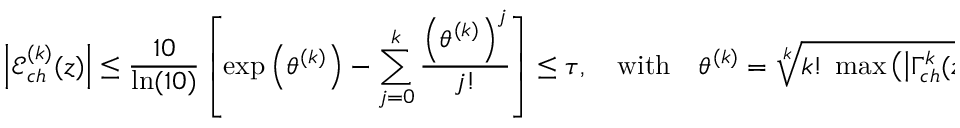
\left| \mathcal { E } _ { c h } ^ { ( k ) } ( z ) \right| \leq \frac { 1 0 } { \ln ( 1 0 ) } \left[ \exp \left( \theta ^ { ( k ) } \right) - \sum _ { j = 0 } ^ { k } \frac { \left( \theta ^ { ( k ) } \right) ^ { j } } { j ! } \right] \leq \tau \: , \quad \mathrm { w i t h } \quad \theta ^ { ( k ) } = \sqrt [ k ] { k ! \: \operatorname* { m a x } \left( \left| \Gamma _ { c h } ^ { k } ( z ) \right| \right) } \: .